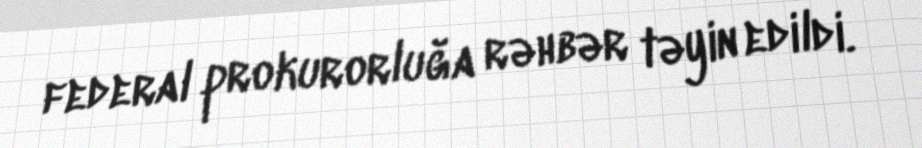
federal prokurorluğa rəhbər təyin edildi.